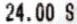
24.00 S